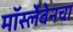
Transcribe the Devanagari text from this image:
मॉर्स्लेबेनचा